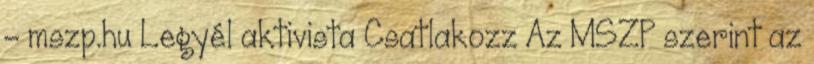
- mszp.hu Legyél aktivista Csatlakozz Az MSZP szerint az